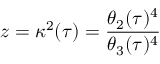
z = \kappa ^ { 2 } ( \tau ) = { \frac { \theta _ { 2 } ( \tau ) ^ { 4 } } { \theta _ { 3 } ( \tau ) ^ { 4 } } }